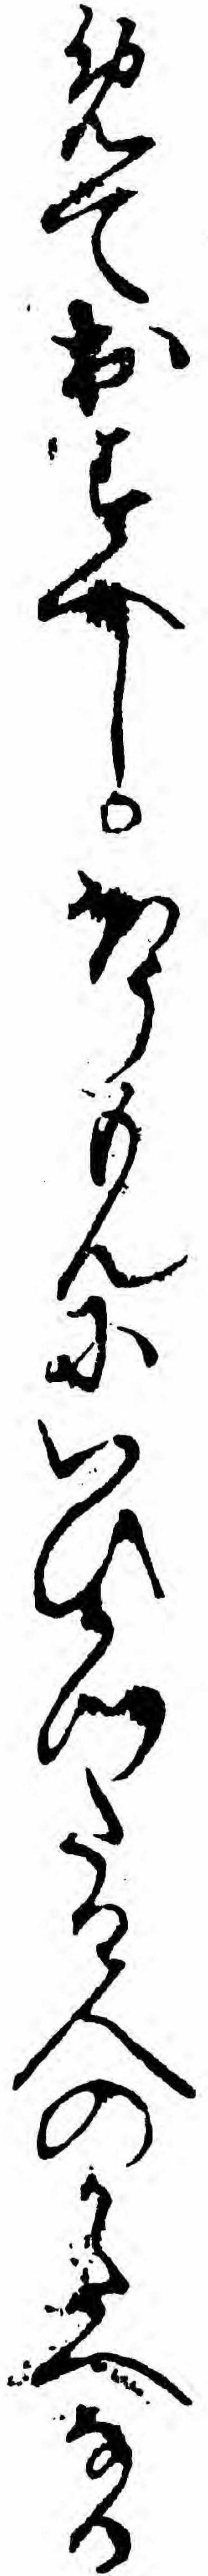
めて出すへしほうもんにいひかつたる人のかたへなる